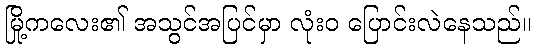
မြို့ကလေး၏ အသွင်အပြင်မှာ လုံးဝ ပြောင်းလဲနေသည်။